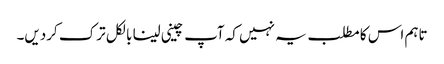
تاہم اس کا مطلب یہ نہیں کہ آپ چینی لینا بالکل ترک کردیں۔